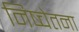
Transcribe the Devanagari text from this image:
निष्चेतना